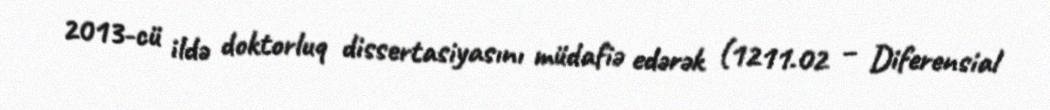
2013-cü ildə doktorluq dissertasiyasını müdafiə edərək (1211.02 – Diferensial